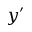
y ^ { \prime }